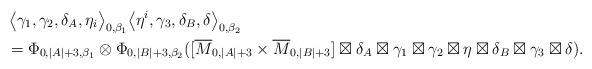
LaTeX: \begin{align*}&\,\big\langle \gamma_1, \gamma_2,\delta_A,\eta_i\big\rangle_{0,\beta_1}\big\langle \eta^i,\gamma_3,\delta_B,\delta \big\rangle_{0,\beta_2} \\&=\Phi_{0,|A|+3,\beta_1}\otimes\Phi_{0,|B|+3,\beta_2}([\overline{M}_{0,|A|+3}\times\overline{M}_{0,|B|+3}]\boxtimes\delta_A\boxtimes\gamma_1\boxtimes\gamma_2\boxtimes\eta\boxtimes \delta_B\boxtimes\gamma_3\boxtimes\delta ) .\end{align*}